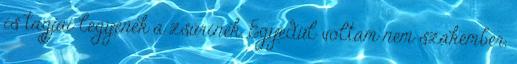
is tagjai legyenek a zsűrinek. Egyedül voltam nem szakember,